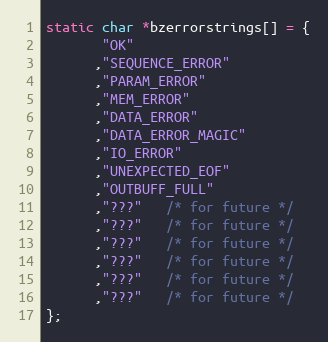
Language: C
static char *bzerrorstrings[] = {
       "OK"
      ,"SEQUENCE_ERROR"
      ,"PARAM_ERROR"
      ,"MEM_ERROR"
      ,"DATA_ERROR"
      ,"DATA_ERROR_MAGIC"
      ,"IO_ERROR"
      ,"UNEXPECTED_EOF"
      ,"OUTBUFF_FULL"
      ,"???"   /* for future */
      ,"???"   /* for future */
      ,"???"   /* for future */
      ,"???"   /* for future */
      ,"???"   /* for future */
      ,"???"   /* for future */
};